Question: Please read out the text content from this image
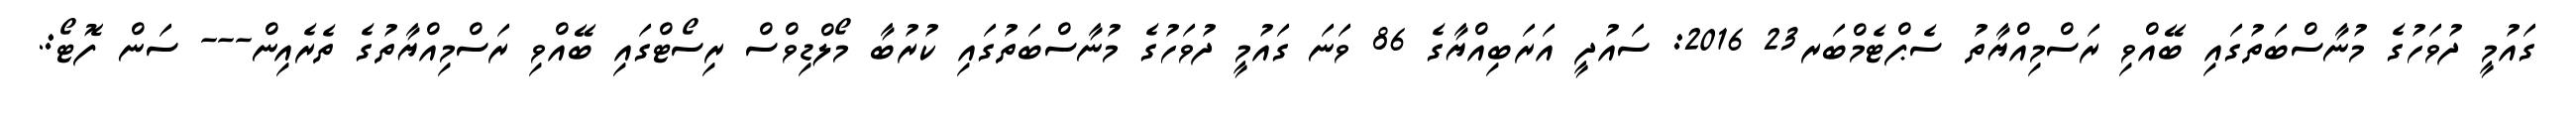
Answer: ގައުމީ ދުވަހުގެ މުނާސްބަތުގައި ބޭއްވި ރަސްމިއްޔާތު ސެޕްޓެމްބަރ23 2016: ސައުދީ އަރަބިއްޔާގެ 86 ވަނަ ގައުމީ ދުވަހުގެ މުނާސްބަތުގައި ކުރުބާ މޯލްޑިވްސް ރިސޯޓްގައި ބޭއްވި ރަސްމިއްޔާތުގެ ތެރެއިން--- ސަން ފޮޓޯ:.